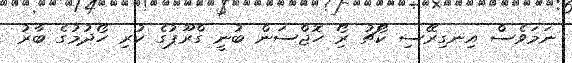
ނަމަވެސް އިނގިރޭސި ކޯޗު ރޯި ހޮޖްސަން ބުނީ ގްރޫޕުގެ ކުރި ހޯދުމުގެ ބާރު